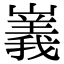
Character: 㠖